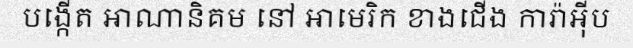
បង្កើត អាណានិគម នៅ អាមេរិក ខាងជើង ការ៉ាអ៊ីប